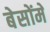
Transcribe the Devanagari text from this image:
बेसोंमें